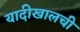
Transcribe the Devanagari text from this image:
यादीखालची